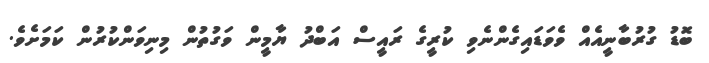
ބޮޑު ގުރުބާނީއެއް ވެވަޑައިގެންނެވި ކުރީގެ ރައީސް އަބްދު ޔާމީން ވަގުތުން މިނިވަންކުރުން ކަމަށެވެ.